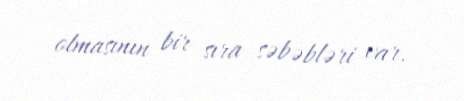
olmasının bir sıra səbəbləri var.